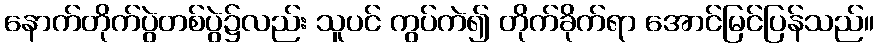
နောက်တိုက်ပွဲတစ်ပွဲ၌လည်း သူပင် ကွပ်ကဲ၍ တိုက်ခိုက်ရာ အောင်မြင်ပြန်သည်။